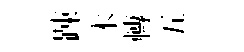
踈木轉五